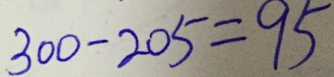
3 0 0 - 2 0 5 = 9 5